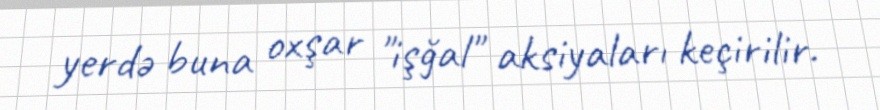
yerdə buna oxşar "işğal" aksiyaları keçirilir.